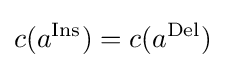
c(a^{\rm {Ins}})=c(a^{\rm {Del}})